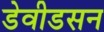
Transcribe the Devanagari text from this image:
डेवीडसन